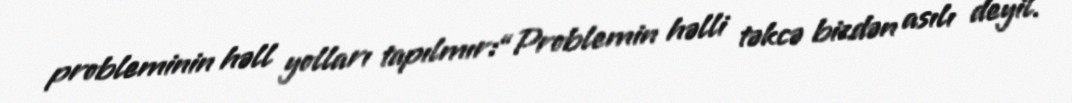
probleminin həll yolları tapılmır:“Problemin həlli təkcə bizdən asılı deyil.